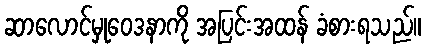
ဆာလောင်မှုဝေဒနာကို အပြင်းအထန် ခံစားရသည်။